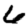
Digit: 6